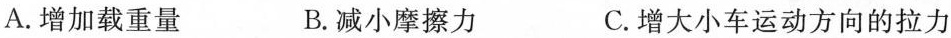
A.增加载重量 B.减小摩擦力 C.增大小车运动方向的拉力